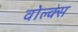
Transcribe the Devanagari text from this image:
वोल्क्स